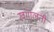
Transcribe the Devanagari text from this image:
खंगालती